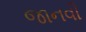
જાનવી